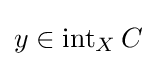
y\in \operatorname {int} _{X}C